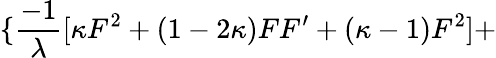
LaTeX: \{ \frac{-1}{\lambda}[\kappa F^{2}+(1-2\kappa)FF^{\prime}+(\kappa-1)F^{2}]+